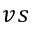
v s